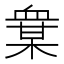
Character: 𧗅